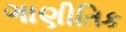
ગાણીતિક